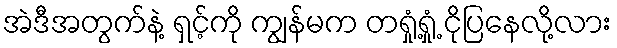
အဲဒီအတွက်နဲ့ ရှင့်ကို ကျွန်မက တရှုံ့ရှုံ့ ငိုပြနေလို့လား